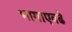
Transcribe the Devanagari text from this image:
भागाएवढे